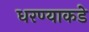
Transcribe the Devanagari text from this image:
धरण्याकडे